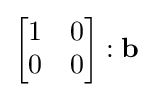
{\begin{bmatrix}1&0\\0&0\end{bmatrix}}:\mathbf {b}